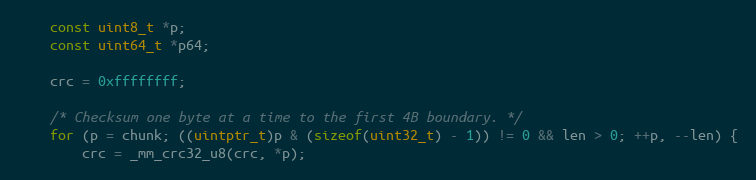
Language: C
    const uint8_t *p;
    const uint64_t *p64;

    crc = 0xffffffff;

    /* Checksum one byte at a time to the first 4B boundary. */
    for (p = chunk; ((uintptr_t)p & (sizeof(uint32_t) - 1)) != 0 && len > 0; ++p, --len) {
        crc = _mm_crc32_u8(crc, *p);